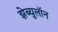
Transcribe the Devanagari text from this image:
झेब्युलॉन